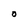
Character: O